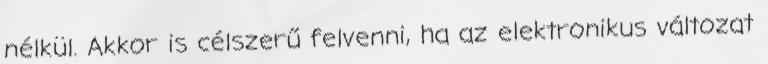
nélkül. Akkor is célszerű felvenni, ha az elektronikus változat